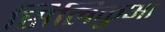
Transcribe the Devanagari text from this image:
सिलिकुआ